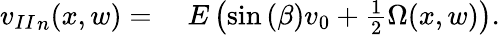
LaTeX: \begin{array}{rl}{{v_{II}}_{n}(x,w)={}}&{{}E\left(\sin{(\beta)}v_{0}+\frac{1}{2}\Omega(x,w)\right).}\end{array}